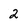
Character: 2